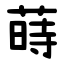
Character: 蒔